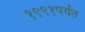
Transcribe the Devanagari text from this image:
१९९१पर्यंत